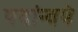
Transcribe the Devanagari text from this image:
पदांन्वये